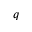
q